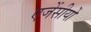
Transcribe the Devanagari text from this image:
एजेंसीयों